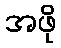
အဖို